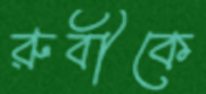
রুবীকে